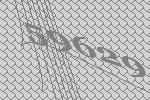
59629